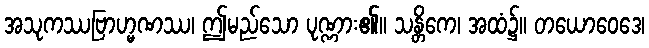
အသုကဿဗြာဟ္မဏဿ၊ ဤမည်သော ပုဏ္ဏား၏။ သန္တိကေ၊ အထံ၌။ တယောဝေဒေ၊